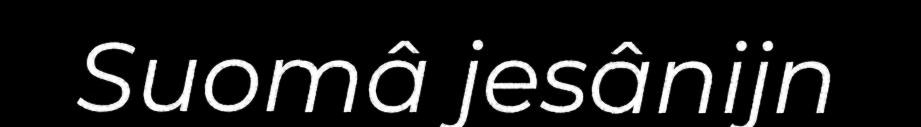
Suomâ jesânijn